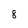
Character: 8